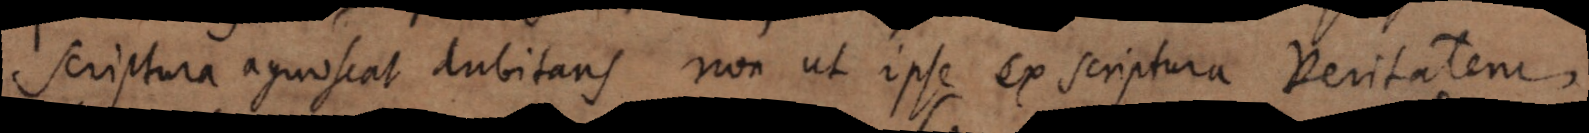
scriptura agnoscat dubitans, non ut ipse ex scriptura veritatem,